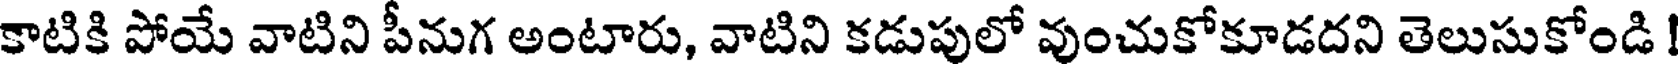
కాటికి పోయే వాటిని పీనుగ అంటారు, వాటిని కడుపులో వుంచుకోకూడదని తెలుసుకోండి